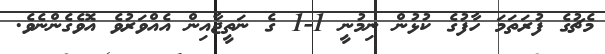
މެޗުގެ ފުރަތަމަ ހާފުގެ ކުޅުން ނިމުނީ 1-1 ގެ ނަތީޖާއިން އެއްވަރުވެ އޮވެގެންނެވެ.